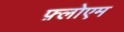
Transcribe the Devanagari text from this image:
फ़्लोएम